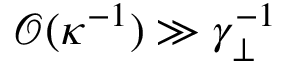
\mathcal { O } ( \kappa ^ { - 1 } ) \gg \gamma _ { \perp } ^ { - 1 }